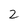
Character: 2